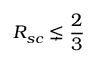
R _ { s c } \lneq \frac 2 3